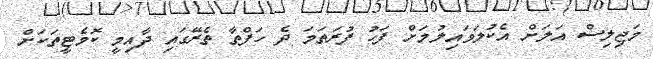
މަޖިލިސް އަލަށް އެކުލަވައިލުމަށް ފަހު ފުރަތަމަ ދެ ހަފްތާ ތެރޭގައި ދާއިމީ ކޮމެޓީތަކަށް